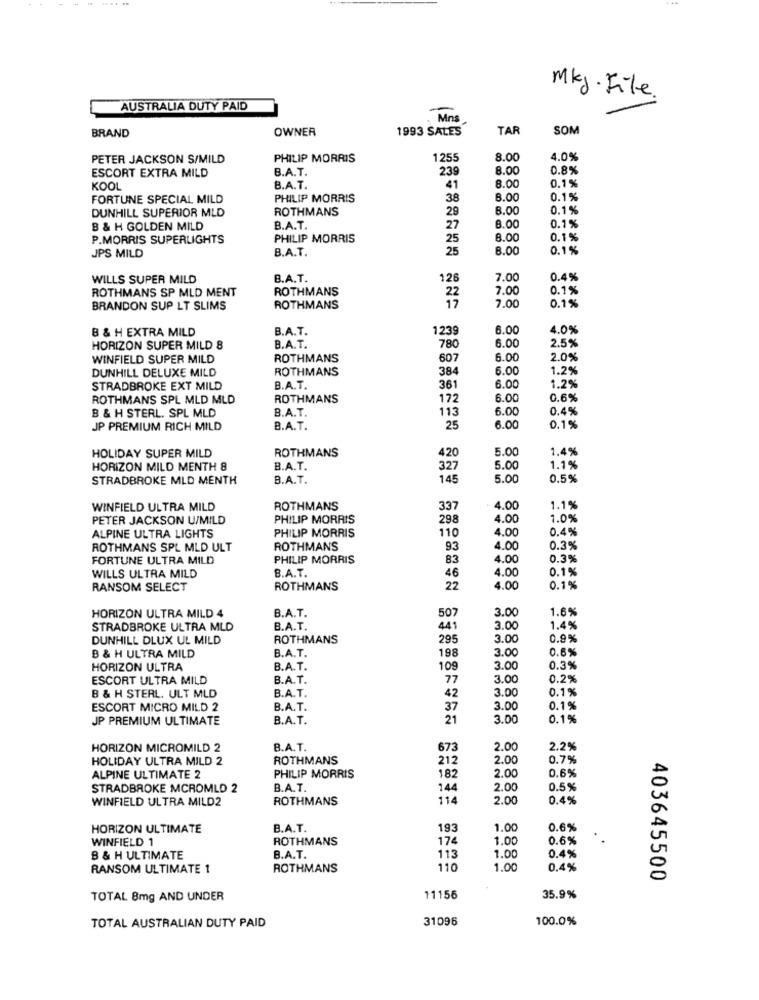
Mkg. File.
AUSTRALIA DUTY PAID
-
Mins
BRAND
OWNER
1993 SALES
TAR
SOM
PETER JACKSON S/MILD
PHILIP MORRIS
1255
8.00
4.0%
B.A.T.
239
8.00
0.8%
ESCORT EXTRA MILD
8.00
KOOL
B.A.T.
41
0.1%
FORTUNE SPECIAL MILD
PHILIP MORRIS
38
8.00
0.1%
DUNHILL SUPERIOR MLD
ROTHMANS
29
8.00
0.1%
B & H GOLDEN MILD
B.A.T.
27
8.00
0.1%
P.MORRIS SUPERLIGHTS
PHILIP MORRIS
25
8.00
0.1%
B.A.T.
25
8.00
0.1%
JPS MILD
WILLS SUPER MILD
B.A.T.
126
7.00
0.4%
ROTHMANS SP MLD MENT
ROTHMANS
22
7.00
0.1%
BRANDON SUP LT SLIMS
ROTHMANS
7.00
0.1%
B & H EXTRA MILD
B.A.T.
1239
6.00
4.0%
6.00
2.5%
HORIZON SUPER MILD 8
B.A.T.
780
WINFIELD SUPER MILD
ROTHMANS
607
6.00
2.0%
DUNHILL DELUXE MILD
ROTHMANS
384
6.00
1.29
STRADBROKE EXT MILD
B.A.T.
361
6.00
1.2%
ROTHMANS SPL MLD MLD
ROTHMANS
172
6.00
0.6%
B.A.T.
113
6.00
0.4%
B & H STERL. SPL MLD
JP PREMIUM RICH MILD
B.A.T.
25
6.00
0.1%
ROTHMANS
420
5.00
1.4%
HOLIDAY SUPER MILD
HORIZON MILD MENTH 8
B.A.T.
327
5.00
1.1%
STRADBROKE MLD MENTH
B.A.T.
145
5.00
0.5%
WINFIELD ULTRA MILD
ROTHMANS
337
4.00
1.1%
PETER JACKSON U/MILD
PHILIP MORRIS
298
4.00
1.0%
ALPINE ULTRA LIGHTS
PHILIP MORRIS
4.00
0.4%
110
ROTHMANS SPL MLD ULT
ROTHMANS
93
4.00
0.3%
FORTUNE ULTRA MILD
PHILIP MORRIS
83
4.00
0.3%
4.00
0.1%
WILLS ULTRA MILD
B.A.T.
46
RANSOM SELECT
ROTHMANS
22
4.00
0.1%
B.A.T.
507
3.00
1.6%
HORIZON ULTRA MILD 4
STRADBROKE ULTRA MLD
B.A.T.
441
3.00
1.4%
DUNHILL DLUX UL MILD
ROTHMANS
295
3.0
0.9%
B.A.T.
198
3.00
0.6%
B & H ULTRA MILD
HORIZON ULTRA
B.A.T.
109
3.00
0.3%
ESCORT ULTRA MILD
B.A.T.
77
3.00
0.2%
3.00
0.1%
B & H STERL. ULT MLD
B.A.T.
42
ESCORT MICRO MILD 2
B.A.T.
37
3.00
0.1%
JP PREMIUM ULTIMATE
B.A.T.
21
3.00
0.1%
HORIZON MICROMILD 2
B.A.T.
673
2.00
2.2%
HOLIDAY ULTRA MILD 2
ROTHMANS
212
2.00
0.7%
ALPINE ULTIMATE 2
PHILIP MORRIS
182
2.00
0.6%
STRADBROKE MCROMLD 2
B.A.T.
144
2.00
0.5%
WINFIELD ULTRA MILD2
ROTHMANS
114
2.00
0.4%
HORIZON ULTIMATE
B.A.T.
193
1.00
0.6%
WINFIELD 1
ROTHMANS
174
1.00
0.6%
B & H ULTIMATE
B.A.T
113
1.00
0.4%
RANSOM ULTIMATE 1
ROTHMANS
110
1.00
0.4%
403645500
TOTAL 8mg AND UNDER
11156
35.9%
31096
100.0%
TOTAL AUSTRALIAN DUTY PAID